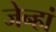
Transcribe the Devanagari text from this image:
जेन्हां